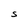
Character: S